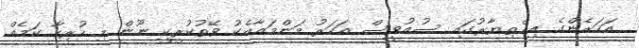
އަހަރެންގެ އިޚްތިޔާރުގައި ސުއުވީސް އަހަރު މަންމައާއެކު ވޭތުކުރީކީ ނޫން މި ހުރިހާ ކަމެއް